Report on horse surra - Volume I
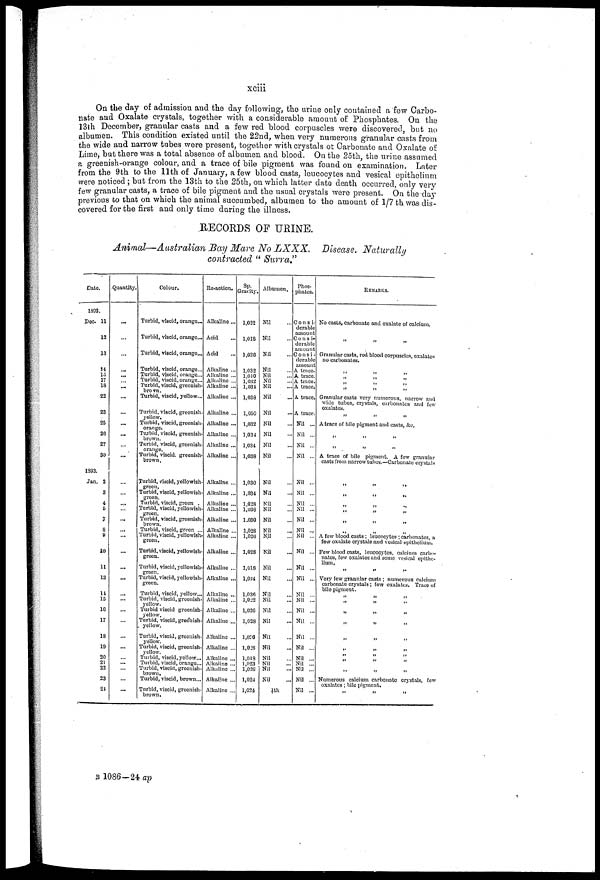
xciii
On the day of admission and the day following, the urine only contained a few Carbo-
nate and Oxalate crystals, together with a considerable amount of Phosphates. On the
13th December, granular casts and a few red blood corpuscles were discovered, but no
albumen. This condition existed until the 22nd, when very numerous granular casts from
the wide and narrow tubes were present, together with crystals of Carbonate and Oxalate of
Lime, but there was a total absence of albumen and blood. On the 25th, the urine assumed
a greenish-orange colour, and a trace of bile pigment was found on examination. Later
from the 9th to the 11th of January, a few blood casts, leucocytes and vesical epithelium
were noticed ; but from the 13th to the 25th, on which latter date death occurred, only very
few granular casts, a trace of bile pigment and the usual crystals were present. On the day
previous to that on which the animal succumbed, albumen to the amount of 1/7 th was dis-
covered for the first and only time during the illness.
RECORDS OF URINE.
Animal—Australian Bay Mare No LXXX.
Disease. Naturally
contracted " Surra."
Date.
1892.
Dec. 11
12
13
11
15
17
18
22
23
25
26
27
30
1893.
Jan. 2
3
4
5
7
8
9
10
11
13
11
15
16
17
18
19
20
21
22
23
21
Quantity...
...
...
...
...
...
... ...
...
...
...
...
...
...
...
...
...
...
...
... ...
...
...
...
...
...
...
...
...
...
...
...
...
...
...
Colour.
Turbid, viscid, orange.
Turbid, viscid, orange...
Turbid, viscid, orange...
Turbid, viscid, orange...
Turbid, viscid, orange...
Turbid, viscid, orange...
Turbid, viscid, greenish-
brown.
Turbid, viscid, yellow-
Turbid, viscid, greenish-
yellow.
Turbid, viscid, greenish-
orange.
Turbid, viscid, greenish-
brown.
Turbid, viscid, greenish-
orange.
Turbid, viscid, greenish-
brown .
Turbid, viscid, yellowish-
green.
Turbid, viscid, yellowish-
green.
Turbid, viscid, green ..
Turbid, viscid, yellowish-
Turbid, viscid, greenish-
brown.
Turbid, viscid, green ...
Turbid, viscid, yellowish-
green.
Turbid, viscid, yellowish-
green.
Turbid, viscid, yellowish
green.
Turbid, viscid, yellowish
green.
Turbid, viscid, yellow...
Turbid, viscid, greenish
yellow.
Turbid viscid greenish
yellow.
Turbid, viscid, greenish
. yellow.
Turbid, viscid, greenish
yellow.
Turbid, viscid, greenish
yellow.
Turbid, viscid, yellow...
Turbid, viscid, orange..
Turbid, viscid, greenish
brown.
Turbid, viscid, brown..
Turbid, viscid, greenish
brown.
Re-action.
Alkaline ...
Acid
Acid
Alkaline ...
Alkaline ...
Alkaline ...
Alkaline ...
Alkaline ...
Alkaline ...
Alkaline ...
Alkaline ...
Alkaline ...
Alkaline ...
Alkaline ...
Alkaline ...
Alkaline ...
Alkaline ...
Alkaline ...
Alkaline ..
Alkaline ...
Alkaline ...
Alkaline ...
Alkaline ...
Alkaline ..
Alkaline ..
Alkaline ..
Alkaline ...
Alkaline ..
Alkaline ..
Alkaline ..
Alkaline ..
Alkaline ..
Alkaline ..
Alkaline ..
Sp.
Gravity.
1,022
1,018
1,026
1,032
1,040
1,032
1,031
1,038
1,050
1,032
1,034
1,031
1,038
1,030
1,031
1,028
1,036
1.030
1,028
1,026
1,028
1,018
1,024
1,036
1,022
1,020
1,028
1,026
1,028
1,018
1,023
1,020
1,021
1,021
Albumen,
Nil
Nil
Nil
Nil
Nil
Nil
Nil
Nil
Nil
Nil
Nil
Nil
Nil
Nil
Nil
Nil
Nil
Nil
Nil
Nil
Nil
Nil
Nil
Nil
Nil
Nil
Nil
Nil
Nil
Nil
Nil
Nil
Nil
1/7th
Phos-
phates.
C o n s i-
derable
amount
C o n s i-
derable
amount
C o n s i -
derable
amount
A trace.
A trace,
A trace.
A trace.
A trace.
A trace.
Nil ...
Nil ...
Nil ...
Nil ...
Nil ...
Nil ...
Nil ...
Nil ...
Nil ...
Nil ....
Nil ...
Nil ...
Nil ...
Nil ..
Nil ..
Nil ..
Nil ..
Nil ..
Nil ..
Nil ..
Nil ..
Nil ..
Nil ..
Nil ..
Nil ..
REMARKS.
No casts, carbonate and oxalate of calcium.
„ „ „
Granular casts, red blood corpuscles, oxalates
no carbonates.
„ „ „
„
„
„
„
„
„
„ „ „
Granular easts very numerous, narrow and
wide tubes, crystals, carbonates and few
oxalates.
„ „ „
A trace of bile pigment and casts, &c.
„ „ „
„ „ „
A trace of bile pigment. A few granular
casts from narrow tubes.—Carbonate crystals
„ „ „
„ „ „
„ „ „
„ „ „
„ „ „
.,
„
„
A few blood casts; leucocytes ; carbonates, a
few oxalate crystals and vesical epithelium.
Few blood casts, leucocytes, calcium carbo-
nates, few oxalates and some vesical epithe-
lium.
„ „ „
Very few granular casts ; numerous calcium
carbonate crystals ; few oxalates. Trace of
bile pigment.
„ „ „
„ „ „
„ „ „
„
„
„
II
„ „ „
„ „ „
„ „ „ „
„ „ „
Numerous calcium carbonate crystals, few
oxalates; bile pigment.
„ „ „
B 1086—24; ap